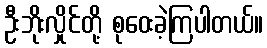
ဦးဘိုးလှိုင်တို့ စုဝေးခဲ့ကြပါတယ်။